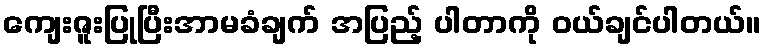
ကျေးဇူးပြုပြီးအာမခံချက် အပြည့် ပါတာကို ဝယ်ချင်ပါတယ်။